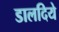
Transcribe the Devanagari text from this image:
डालदिये